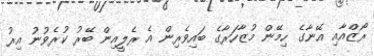
ރޯޒްއާއި އޭނާގެ ހިމޭން މުޒާހަރާގެ ބައިވެރިން އެ ރެލީއިން ބޭރު ކުރެވުނު އިރު